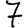
Digit: 7